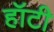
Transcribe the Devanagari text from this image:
हॉटी